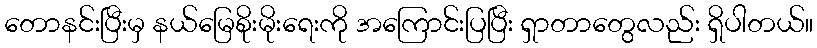
တောနင်းပြီးမှ နယ်မြေစိုးမိုးရေးကို အကြောင်းပြပြီး ရှာတာတွေလည်း ရှိပါတယ်။